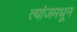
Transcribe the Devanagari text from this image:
त्यांजमधून